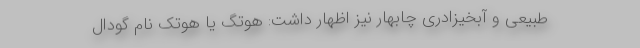
طبیعی و آبخیزادری چابهار نیز اظهار داشت: هوتِگ یا هوتَک نام گودال